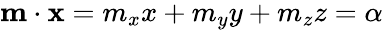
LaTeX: \begin{array}{r}{\mathbf{m}\cdot\mathbf{x}=m_{x}x+m_{y}y+m_{z}z=\alpha}\end{array}